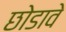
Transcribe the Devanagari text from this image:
छोडावे